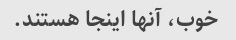
خوب، آنها اینجا هستند.